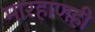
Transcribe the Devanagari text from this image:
मारहाणही